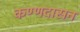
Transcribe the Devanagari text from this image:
कण्णदासन